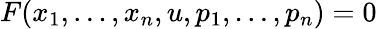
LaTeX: F(x_{1},\dots,x_{n},u,p_{1},\dots,p_{n})=0